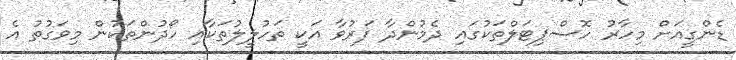
ޑެންގީއަށް މިހާރު ހޮސްޕިޓަލްތަކުގައި ދެމުންދާ ފަރުވާ އަކީ ތަހުލީލުތަކާއި ހޯދުންތަކުން މިވަގުތު އެ